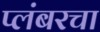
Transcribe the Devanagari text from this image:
प्लंबरचा